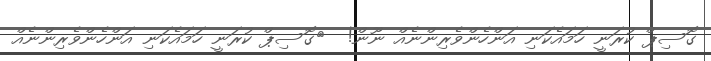
ގޮސިޕް ކުރަނީ ހަމައެކަނި އަންހެންވެރިންނެއް ނޫން!  	ގޮސިޕް ކުރަނީ ހަމައެކަނި އަންހެންވެރިންނެއް